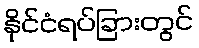
နိုင်ငံရပ်ခြားတွင်